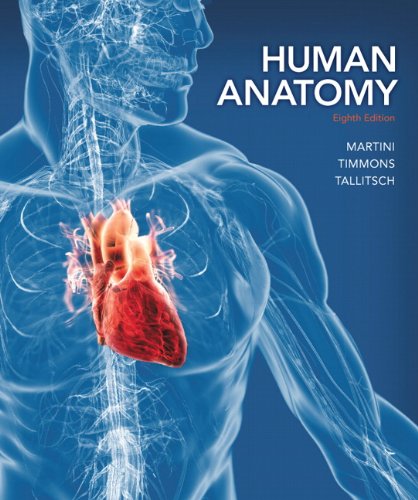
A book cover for Human Anatomy (8th Edition); Frederic H. Martini; Medical Books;